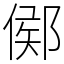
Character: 鄇